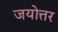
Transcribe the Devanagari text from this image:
जयोत्तर